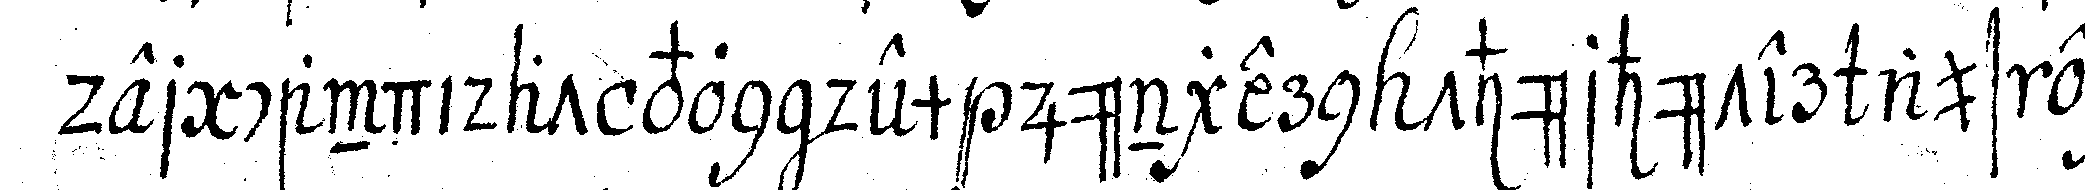
der candidat von dem jüngern thürhüter aus ei